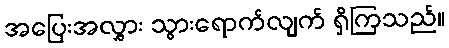
အပြေးအလွှား သွားရောက်လျက် ရှိကြသည်။